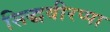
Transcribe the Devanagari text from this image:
सिद्धवीरप्पा